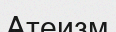
Атеизм